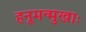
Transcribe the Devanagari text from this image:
हनूमन्मुखाः